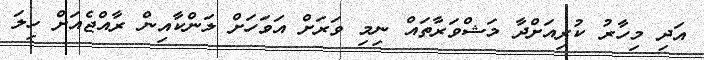
އަދި މިހާރު ކުރިއަށްދާ މަޝްވަރާތައް ނިމި ވަރަށް އަވަހަށް ލަންކާއިން ރާއްޖެއަށް ހިލަ